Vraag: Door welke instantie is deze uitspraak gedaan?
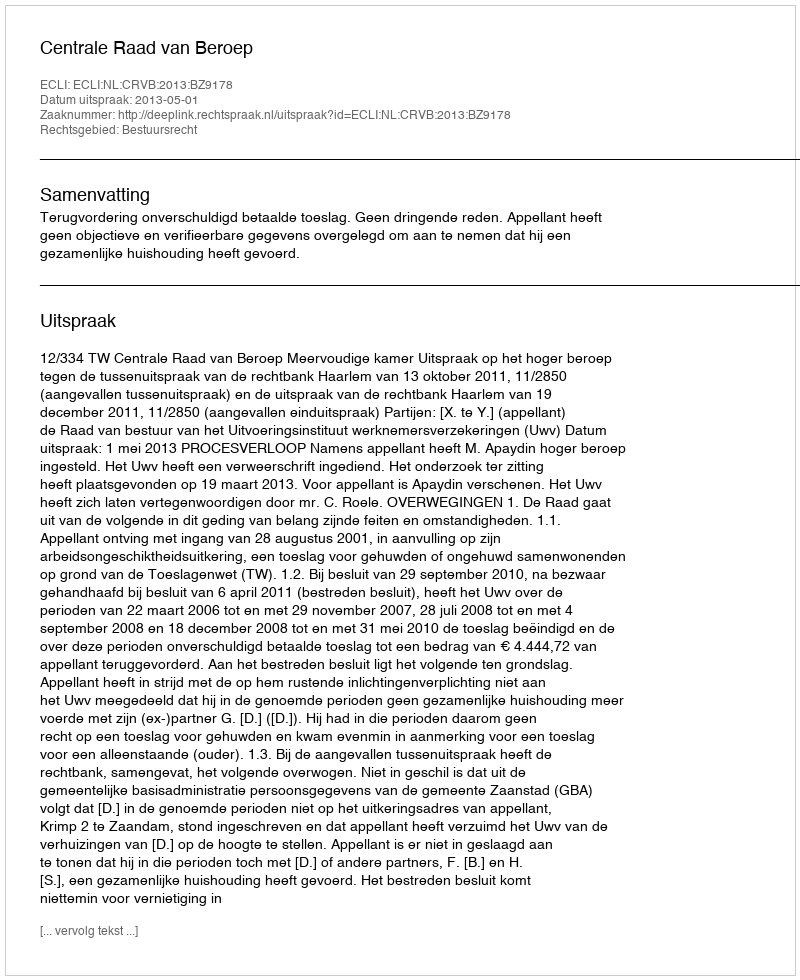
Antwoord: Centrale Raad van Beroep